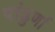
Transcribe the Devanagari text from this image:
पांढुर्णा